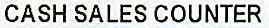
CASH SALES COUNTER